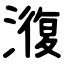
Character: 澓